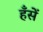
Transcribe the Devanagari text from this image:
हँसें